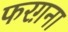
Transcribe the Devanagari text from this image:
फरग़ना